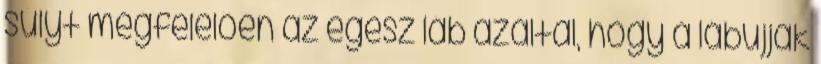
súlyt megfelelően az egész láb azáltal, hogy a lábujjak